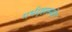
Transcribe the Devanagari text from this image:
गर्भगृहासमोर